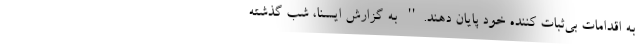
به اقدامات بی‌ثبات کننده خود پایان دهند.'' به گزارش ایسنا، شب گذشته